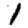
Digit: 1